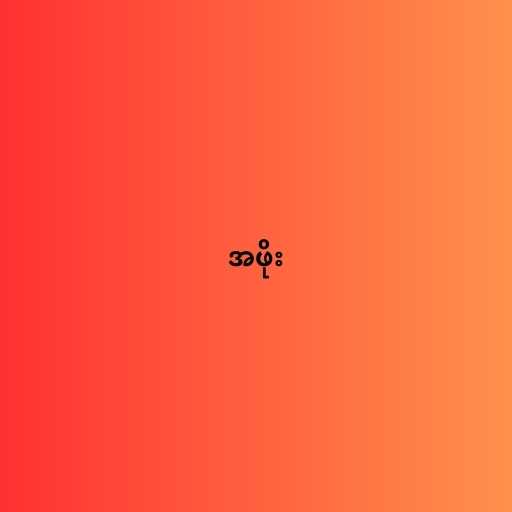
အဖိုး